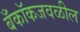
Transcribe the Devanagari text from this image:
बँकॉकजवळील